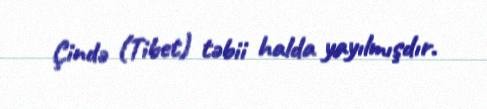
Çində (Tibet) təbii halda yayılmışdır.